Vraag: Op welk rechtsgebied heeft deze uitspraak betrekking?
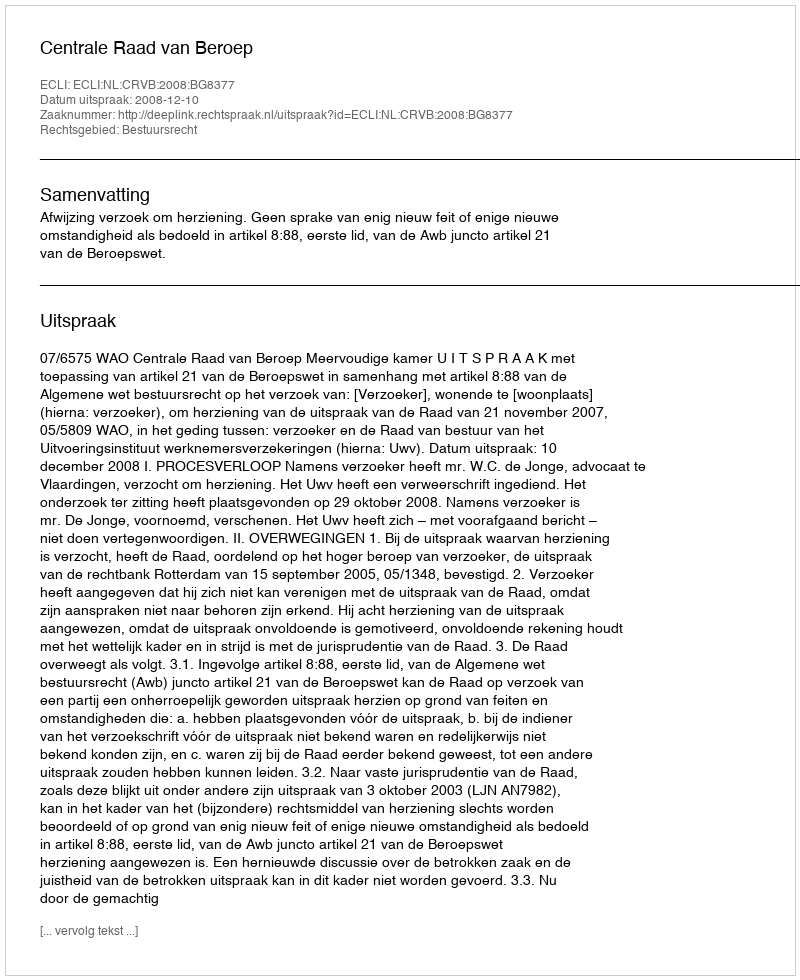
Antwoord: Bestuursrecht